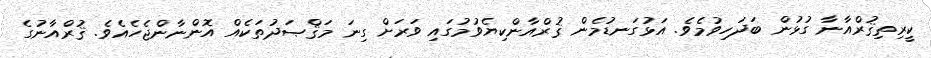
ކީރިތިޤުރްއާނާ ގުޅުން ބަދަހިވުމެވެ. އަޅުގަނޑުމެން ޤުރްއާންކިޔެވުމުގައި ވަރަށް ގިނަ މަޤްޞަދުތަކެއް އޮންނާންޖެހެއެވެ. ޤުރްއާނުގެ